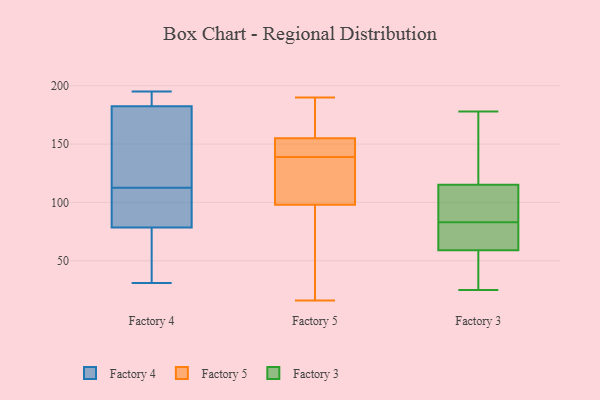
{"axis": {"x": "Conversion Rate (%)", "y": "Value"}, "legend": ["Factory 3", "Factory 4", "Factory 5"], "data": [{"x": "", "y": 74, "type": "Factory 4"}, {"x": "", "y": 112, "type": "Factory 4"}, {"x": "", "y": 194, "type": "Factory 4"}, {"x": "", "y": 164, "type": "Factory 4"}, {"x": "", "y": 61, "type": "Factory 4"}, {"x": "", "y": 184, "type": "Factory 4"}, {"x": "", "y": 108, "type": "Factory 4"}, {"x": "", "y": 113, "type": "Factory 4"}, {"x": "", "y": 137, "type": "Factory 4"}, {"x": "", "y": 31, "type": "Factory 4"}, {"x": "", "y": 181, "type": "Factory 4"}, {"x": "", "y": 83, "type": "Factory 4"}, {"x": "", "y": 188, "type": "Factory 4"}, {"x": "", "y": 51, "type": "Factory 4"}, {"x": "", "y": 92, "type": "Factory 4"}, {"x": "", "y": 195, "type": "Factory 4"}, {"x": "", "y": 159, "type": "Factory 5"}, {"x": "", "y": 142, "type": "Factory 5"}, {"x": "", "y": 139, "type": "Factory 5"}, {"x": "", "y": 132, "type": "Factory 5"}, {"x": "", "y": 119, "type": "Factory 5"}, {"x": "", "y": 135, "type": "Factory 5"}, {"x": "", "y": 156, "type": "Factory 5"}, {"x": "", "y": 83, "type": "Factory 5"}, {"x": "", "y": 16, "type": "Factory 5"}, {"x": "", "y": 91, "type": "Factory 5"}, {"x": "", "y": 190, "type": "Factory 5"}, {"x": "", "y": 64, "type": "Factory 5"}, {"x": "", "y": 152, "type": "Factory 5"}, {"x": "", "y": 177, "type": "Factory 5"}, {"x": "", "y": 150, "type": "Factory 5"}, {"x": "", "y": 68, "type": "Factory 3"}, {"x": "", "y": 116, "type": "Factory 3"}, {"x": "", "y": 139, "type": "Factory 3"}, {"x": "", "y": 101, "type": "Factory 3"}, {"x": "", "y": 59, "type": "Factory 3"}, {"x": "", "y": 25, "type": "Factory 3"}, {"x": "", "y": 178, "type": "Factory 3"}, {"x": "", "y": 177, "type": "Factory 3"}, {"x": "", "y": 65, "type": "Factory 3"}, {"x": "", "y": 91, "type": "Factory 3"}, {"x": "", "y": 59, "type": "Factory 3"}, {"x": "", "y": 39, "type": "Factory 3"}, {"x": "", "y": 113, "type": "Factory 3"}, {"x": "", "y": 46, "type": "Factory 3"}, {"x": "", "y": 83, "type": "Factory 3"}]}